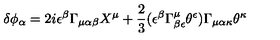
\delta \phi _ { \alpha } = 2 i \epsilon ^ { \beta } \Gamma _ { \mu \alpha \beta } X ^ { \mu } + \frac { 2 } { 3 } ( \epsilon ^ { \beta } \Gamma _ { \beta \epsilon } ^ { \mu } \theta ^ { \epsilon } ) \Gamma _ { \mu \alpha \kappa } \theta ^ { \kappa }